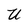
Character: U